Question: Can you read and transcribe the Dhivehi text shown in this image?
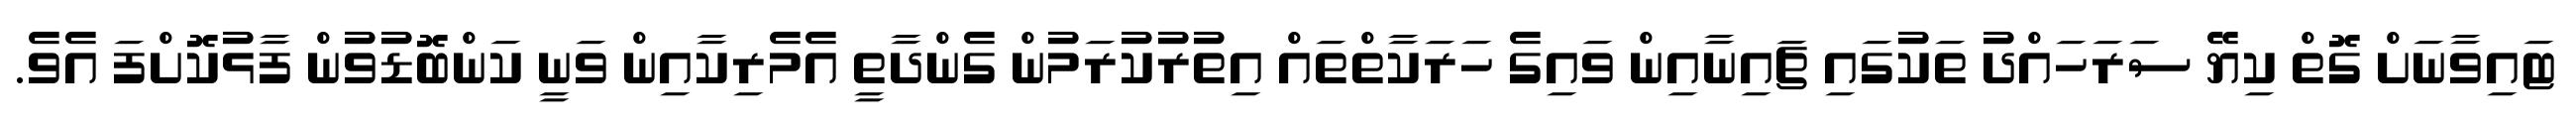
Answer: ޓައިވާނަށް ގޮތް ކިޔޭ ސަރަހައްދު ތަކުގައި ޗައިނާއިން ވައިގެ ހަރަކާތްތައް އިތުރުކުރަމުން ގެންދާތީ އެމެރިކާއިން ވަނީ ކަންބޮޑުވުން ފާޅުކޮށްފަ އެވެ.